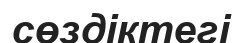
сөздіктегі